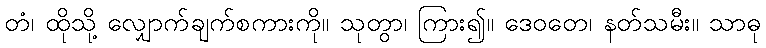
တံ၊ ထိုသို့ လျှောက်ချက်စကားကို။ သုတွာ၊ ကြား၍။ ဒေဝတေ၊ နတ်သမီး။ သာဓု